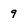
Character: 9